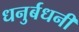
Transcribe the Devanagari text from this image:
धनुर्बधनी